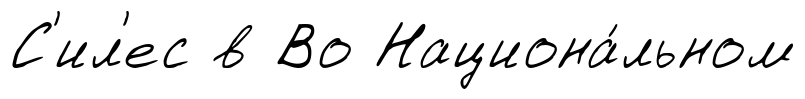
С'ил'ес в Во Национа́льном